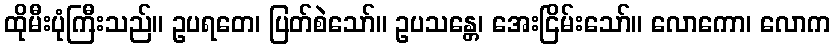
ထိုမီးပုံကြီးသည်။ ဥပရတေ၊ ပြတ်စဲသော်။ ဥပသန္တေ၊ အေးငြိမ်းသော်။ လောကော၊ လောက